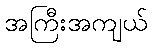
အကြီးအကျယ်